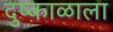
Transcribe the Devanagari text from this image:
दुष्काळाला